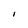
Character: I